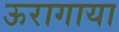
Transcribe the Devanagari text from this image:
ऊरागाया